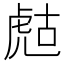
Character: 𧆻